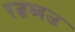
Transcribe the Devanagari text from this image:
रत्नध्वज